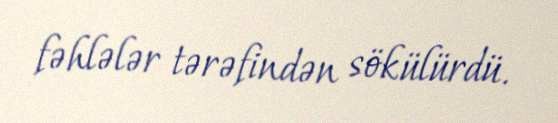
fəhlələr tərəfindən sökülürdü.